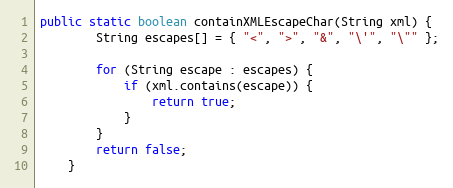
Language: Java
public static boolean containXMLEscapeChar(String xml) {
		String escapes[] = { "<", ">", "&", "\'", "\"" };

		for (String escape : escapes) {
			if (xml.contains(escape)) {
				return true;
			}
		}
		return false;
	}